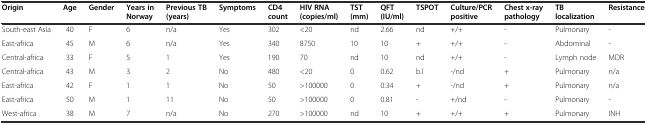
<table><thead><tr><td><b>Origin</b></td><td><b>Age</b></td><td><b>Gender</b></td><td><b>Years in Norway</b></td><td><b>Previous TB (years)</b></td><td><b>Symptoms</b></td><td><b>CD4 count</b></td><td><b>HIV RNA (copies/ml)</b></td><td><b>TST (mm)</b></td><td><b>QFT (IU/ml)</b></td><td><b>TSPOT</b></td><td><b>Culture/PCR positive</b></td><td><b>Chest x-ray pathology</b></td><td><b>TB localization</b></td><td><b>Resistance</b></td></tr></thead><tbody><tr><td>South-east Asia</td><td>40</td><td>F</td><td>6</td><td>n/a</td><td>Yes</td><td>302</td><td>&lt;20</td><td>nd</td><td>2.66</td><td>nd</td><td>+/+</td><td>-</td><td>Pulmonary</td><td>-</td></tr><tr><td>East-africa</td><td>45</td><td>M</td><td>6</td><td>n/a</td><td>Yes</td><td>340</td><td>8750</td><td>10</td><td>10</td><td>+</td><td>+/+</td><td>-</td><td>Abdominal</td><td>-</td></tr><tr><td>Central-africa</td><td>33</td><td>F</td><td>5</td><td>1</td><td>Yes</td><td>190</td><td>70</td><td>nd</td><td>10</td><td>nd</td><td>+/+</td><td>-</td><td>Lymph node</td><td>MDR</td></tr><tr><td>Central-africa</td><td>43</td><td>M</td><td>3</td><td>2</td><td>No</td><td>480</td><td>&lt;20</td><td>0</td><td>0.62</td><td>b.l</td><td>-/nd</td><td>+</td><td>Pulmonary</td><td>n/a</td></tr><tr><td>East-africa</td><td>42</td><td>F</td><td>1</td><td>1</td><td>No</td><td>50</td><td>&gt;100000</td><td>0</td><td>0.34</td><td>+</td><td>-/nd</td><td>+</td><td>Pulmonary</td><td>n/a</td></tr><tr><td>East-africa</td><td>50</td><td>M</td><td>1</td><td>11</td><td>No</td><td>50</td><td>&gt;100000</td><td>0</td><td>0.81</td><td>-</td><td>+/nd</td><td>-</td><td>Pulmonary</td><td>-</td></tr><tr><td>West-africa</td><td>38</td><td>M</td><td>7</td><td>n/a</td><td>No</td><td>270</td><td>&gt;100000</td><td>nd</td><td>10</td><td>+</td><td>+/+</td><td>+</td><td>Pulmonary</td><td>INH</td></tr></tbody></table>